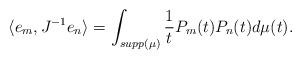
LaTeX: \begin{align*} \langle e_m,J^{-1} e_n\rangle=\int_{supp(\mu)}\frac{1}{t}P_m(t)P_n(t)d\mu(t).\end{align*}